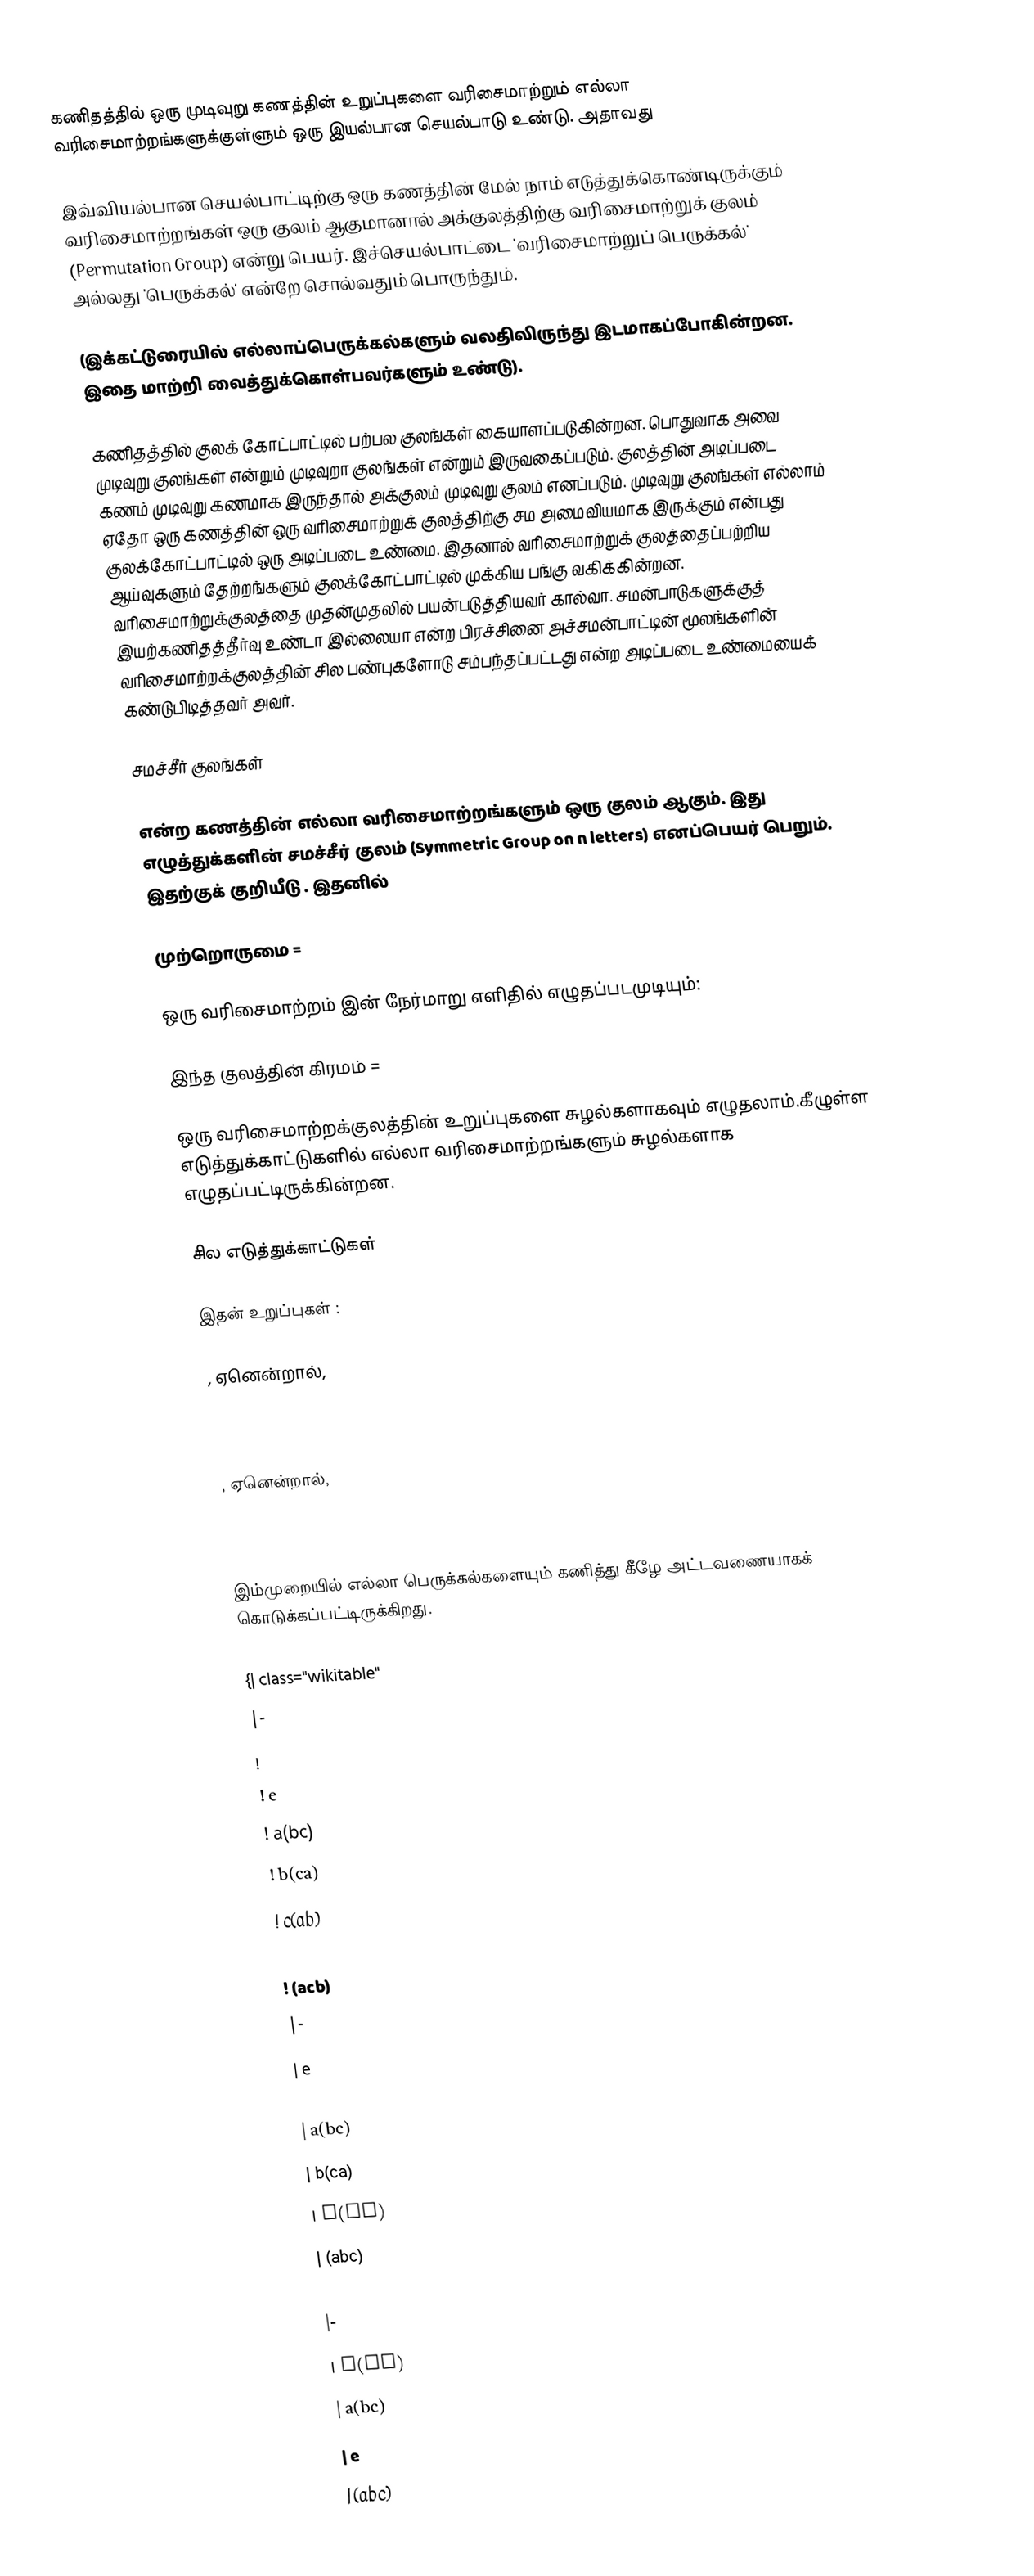
கணிதத்தில் ஒரு முடிவுறு கணத்தின் உறுப்புகளை வரிசைமாற்றும் எல்லா வரிசைமாற்றங்களுக்குள்ளும் ஒரு இயல்பான செயல்பாடு உண்டு. அதாவது

இவ்வியல்பான செயல்பாட்டிற்கு ஒரு கணத்தின் மேல் நாம் எடுத்துக்கொண்டிருக்கும் வரிசைமாற்றங்கள் ஒரு குலம் ஆகுமானால் அக்குலத்திற்கு வரிசைமாற்றுக் குலம் (Permutation Group) என்று பெயர். இச்செயல்பாட்டை 'வரிசைமாற்றுப் பெருக்கல்' அல்லது 'பெருக்கல்' என்றே சொல்வதும் பொருந்தும்.

(இக்கட்டுரையில் எல்லாப்பெருக்கல்களும் வலதிலிருந்து இடமாகப்போகின்றன. இதை மாற்றி வைத்துக்கொள்பவர்களும் உண்டு).

கணிதத்தில் குலக் கோட்பாட்டில் பற்பல குலங்கள் கையாளப்படுகின்றன. பொதுவாக அவை முடிவுறு குலங்கள் என்றும் முடிவுறா குலங்கள் என்றும்  இருவகைப்படும். குலத்தின் அடிப்படை கணம் முடிவுறு கணமாக இருந்தால் அக்குலம் முடிவுறு குலம் எனப்படும். முடிவுறு குலங்கள் எல்லாம் ஏதோ ஒரு கணத்தின்  ஒரு வரிசைமாற்றுக் குலத்திற்கு சம அமைவியமாக இருக்கும் என்பது குலக்கோட்பாட்டில் ஒரு அடிப்படை உண்மை. இதனால் வரிசைமாற்றுக் குலத்தைப்பற்றிய ஆய்வுகளும் தேற்றங்களும் குலக்கோட்பாட்டில் முக்கிய பங்கு வகிக்கின்றன. வரிசைமாற்றுக்குலத்தை முதன்முதலில் பயன்படுத்தியவர் கால்வா. சமன்பாடுகளுக்குத் இயற்கணிதத்தீர்வு உண்டா இல்லையா என்ற பிரச்சினை அச்சமன்பாட்டின் மூலங்களின் வரிசைமாற்றக்குலத்தின் சில பண்புகளோடு சம்பந்தப்பட்டது என்ற அடிப்படை உண்மையைக் கண்டுபிடித்தவர் அவர்.

சமச்சீர் குலங்கள்

 என்ற கணத்தின் எல்லா வரிசைமாற்றங்களும் ஒரு குலம் ஆகும். இது  எழுத்துக்களின் சமச்சீர் குலம் (Symmetric Group on n letters) எனப்பெயர் பெறும்.  இதற்குக் குறியீடு  . இதனில்

 முற்றொருமை  =

 ஒரு வரிசைமாற்றம்   இன்  நேர்மாறு எளிதில் எழுதப்படமுடியும்:

இந்த குலத்தின் கிரமம் =

ஒரு வரிசைமாற்றக்குலத்தின் உறுப்புகளை சுழல்களாகவும் எழுதலாம்.கீழுள்ள எடுத்துக்காட்டுகளில் எல்லா வரிசைமாற்றங்களும் சுழல்களாக எழுதப்பட்டிருக்கின்றன.

சில எடுத்துக்காட்டுகள்

  இதன் உறுப்புகள் :

 , ஏனென்றால்,

 , ஏனென்றால்,

இம்முறையில் எல்லா பெருக்கல்களையும் கணித்து கீழே அட்டவணையாகக் கொடுக்கப்பட்டிருக்கிறது.

{| class="wikitable"
|-
!
! e
! a(bc)
! b(ca)
! c(ab)
! (abc)
! (acb)
|-
| e
| e
| a(bc)
| b(ca)
| c(ab)
| (abc)
| (acb)
|-
| a(bc)
| a(bc)
| e
| (abc)